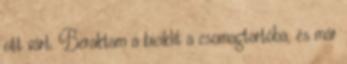
ott várt. Beraktam a biciklit a csomagtartóba, és már